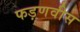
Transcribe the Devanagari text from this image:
फड़णवीस